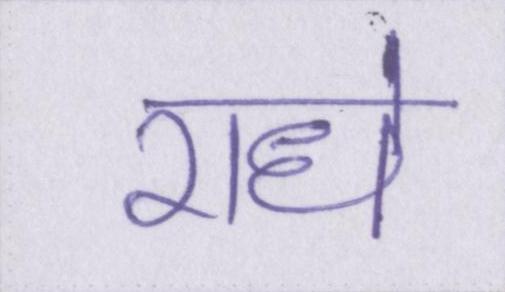
राधे